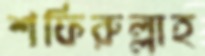
শফিরুল্লাহ